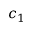
c _ { 1 }